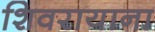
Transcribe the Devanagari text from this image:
शिवरायाना